Civil Veterinary Dept. Bombay admin report 1923-31 - 1923-1931
Year: 1923
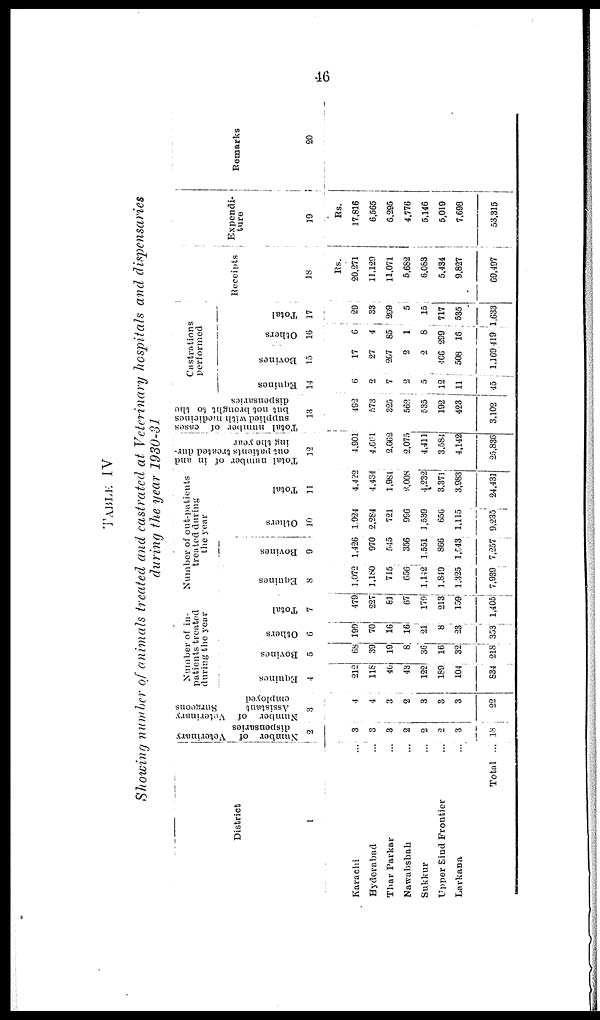
46
TABLE IV
Showing number of animals treated and castrated at Veterinary hospitals and dispensaries
during the year 1930-31
District
1
Karachi ...
Hyderabad ...
Thar Parkar ...
Nawabshah ...
Sukkur ...
Upper Sind Frontier ...
Larkana ...
Total ...
Number of Veterinary
dispensaries
2
3
3
3
2
2
2
3
18
Number of Veterinary
Assistant
Surgeons
employed
3
4
4
3
2
3
3
3
22
Number of in-
patients treated
during the year
Equines
4
212
118
46
43
122
189
104
834
Bovines
5
68
39
19
8
36
16
32
218
Others
6
199
70
16
16
21
8
23
353
Total
7
479
227
81
67
179
213
159
1,405
Number of out-patients
treated during
the year
Equines
8
1,072
1,180
715
656
1,142
1,819
1,325
7,939
Bovines
9
1,426
970
545
356
1,551
866
1,543
7,257
Others
10
1,924
2,284
721
996
1,539
656
1,115
9,235
Total
11
4,422
4,484
1,981
2,008
4,232
3,371
3,983
24,431
Total number of in and
out patients treated dur-
ing the year
12
1,901
4,661
2,062
2,075
4,411
3,584
4,142
25,836
Total number of cases
supplied with medicines
but not brought to the
dispensaries
13
492
573
325
562
535
192
423
3,102
Castrations
performed
Equines
14
6
2
7
2
5
12
11
45
Bovines
15
17
27
207
2
2
406
508
1,169
Others
16
6
4
85
1
8
299
16
19
Total
17
29
33
299
5
15
717
535
1,633
Receipts
18
Rs.
20,271
11,129
11,071
5,682
6,083
5,434
9,827
69,497
Expendi-
ture
19
Rs.
17,816
6,565
6,295
4,776
5,146
5,019
7,698
53,315
Remarks
20